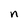
Character: n